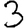
Digit: 3